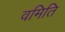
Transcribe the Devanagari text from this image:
वमिति